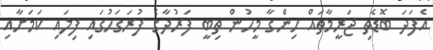
އެފަދަ ބޮޑެތި ޖަރީމާތައް ހިންގާ މީހުން ތިބީ ފަރުދާގެ ފުރަގަހުގައި ފިލައި ކަމަށާއި